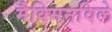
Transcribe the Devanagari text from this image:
मैक्मिनविले